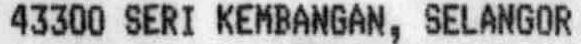
43300 SERI KEMBANGAN, SELANGOR